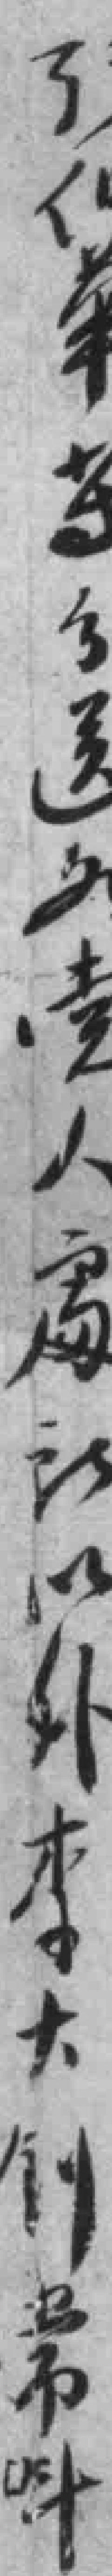
張伯華等分送各党人處所以外李大釗常*